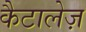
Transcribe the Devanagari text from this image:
कैटालेज़